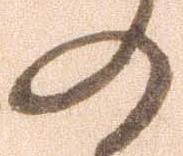
の